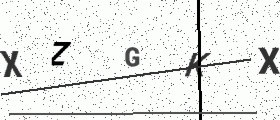
Text: XZGKX